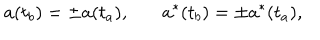
a ( t _ { b } ) = \pm a ( t _ { a } ) , ~ a ^ { * } ( t _ { b } ) = \pm a ^ { * } ( t _ { a } ) , ~ ~ ~